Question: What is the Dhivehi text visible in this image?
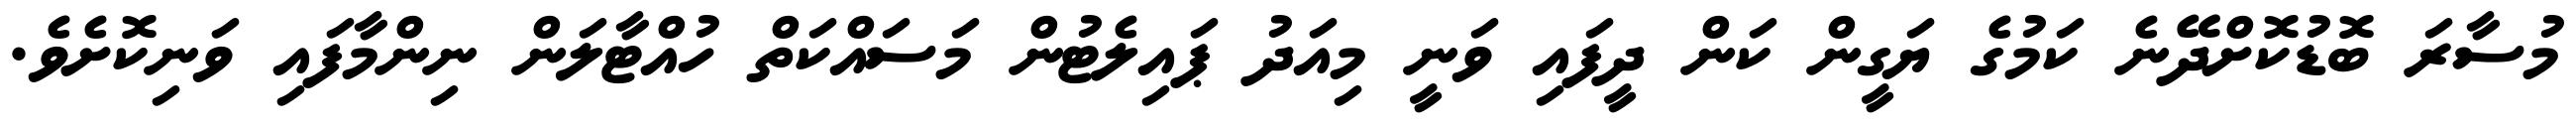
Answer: މުސާރަ ބޮޑުކޮށްދޭނެ ކަމުގެ ޔަގީން ކަން ދީފައި ވަނީ މިއަދު ޕައިލެޓުން މަސައްކަތް ހުއްޓާލަން ނިންމާފައި ވަނިކޮށެވެ.